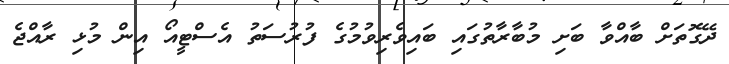
ދޭގޮތަށް ބާއްވާ ބަށި މުބާރާތުގައި ބައިވެރިވުމުގެ ފުރުސަތު އެސްޓީއޯ އިން މުޅި ރާއްޖެ